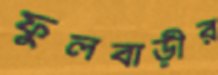
ফুলবাড়ীর